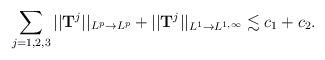
LaTeX: \begin{align*}\sum_{j=1,2,3}||\mathbf{T}^j||_{L^p\to L^p}+||\mathbf{T}^j||_{L^1\to L^{1,\infty}}\lesssim c_1+c_2.\end{align*}